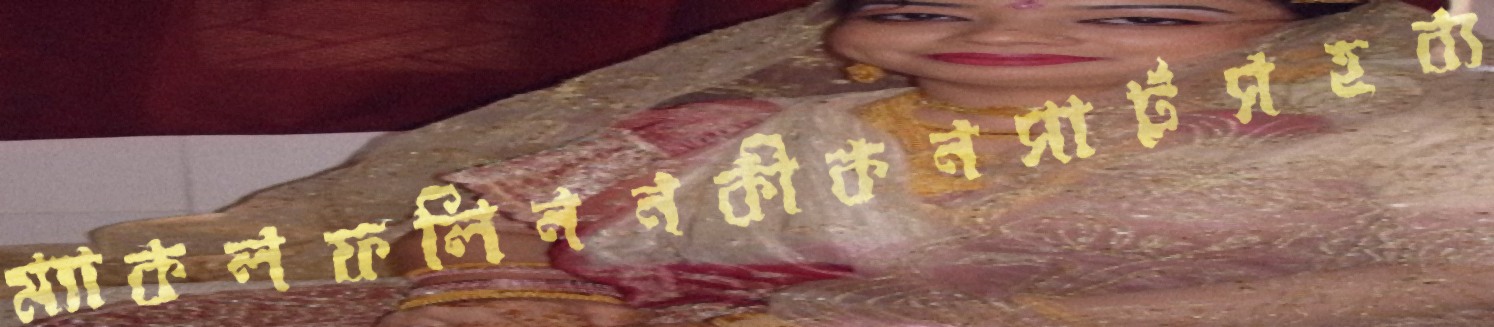
ম্যাকলফলিননকীকনসার্টসহব্য